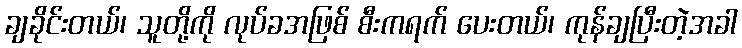
ချခိုင်းတယ်၊ သူတို့ကို လုပ်ခအဖြစ် စီးကရက် ပေးတယ်၊ ကုန်ချပြီးတဲ့အခါ